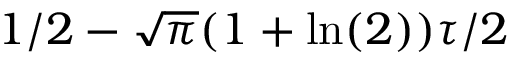
1 / 2 - \sqrt { \pi } ( 1 + \ln ( 2 ) ) \tau / 2